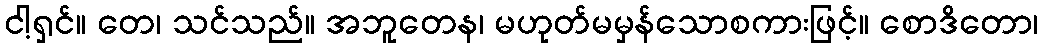
ငါ့ရှင်။ တေ၊ သင်သည်။ အဘူတေန၊ မဟုတ်မမှန်သောစကားဖြင့်။ စောဒိတော၊